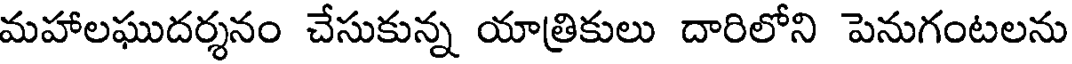
మహాలఘుదర్శనం చేసుకున్న యాత్రికులు దారిలోని పెనుగంటలను